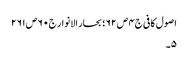
اصول کافی ج٤ ص ٦٢؛ بحار الانوار ج٠ ٦ ص ٢٦١
٥۔